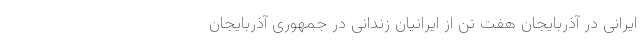
ایرانی در آذربایجان هفت تن از ایرانیان زندانی در جمهوری آذربایجان